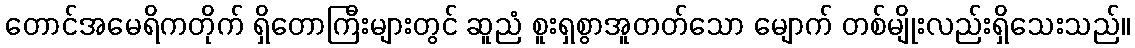
တောင်အမေရိကတိုက် ရှိတောကြီးများတွင် ဆူညံ စူးရှစွာအူတတ်သော မျောက် တစ်မျိုးလည်းရှိသေးသည်။